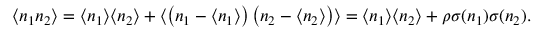
\langle n _ { 1 } n _ { 2 } \rangle = \langle n _ { 1 } \rangle \langle n _ { 2 } \rangle + \langle \left( n _ { 1 } - \langle n _ { 1 } \rangle \right) \left( n _ { 2 } - \langle n _ { 2 } \rangle \right) \rangle = \langle n _ { 1 } \rangle \langle n _ { 2 } \rangle + \rho \sigma ( n _ { 1 } ) \sigma ( n _ { 2 } ) .